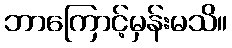
ဘာကြောင့်မှန်းမသိ။